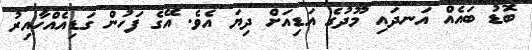
ބޮޑު ބައެއް އަނދައި މޫދުގެ އަޑިއަށް ދިޔަ އެވެ. އޭގެ ފަހުން ގަޑިއެއްހާއިރު